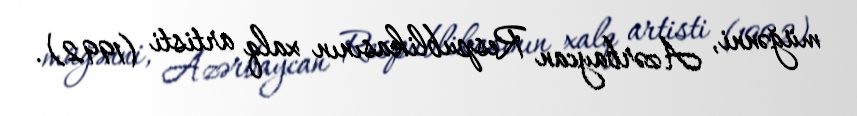
müğənni, Azərbaycan Respublikasının xalq artisti (1992).